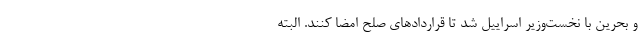
و بحرین با نخست‌وزیر اسراییل شد تا قراردادهای صلح امضا کنند. البته